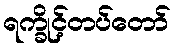
ရက္ခိုင့်တပ်တော်